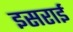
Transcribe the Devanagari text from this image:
इसराई